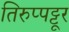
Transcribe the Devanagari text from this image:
तिरुप्पट्टूर